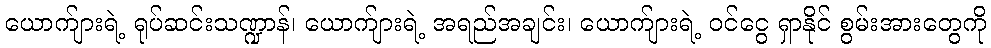
ယောက်ျားရဲ့ ရုပ်ဆင်းသဏ္ဍာန်၊ ယောက်ျားရဲ့ အရည်အချင်း၊ ယောက်ျားရဲ့ ဝင်ငွေ ရှာနိုင် စွမ်းအားတွေကို